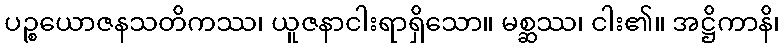
ပဉ္စယောဇနသတိကဿ၊ ယူဇနာငါးရာရှိသော။ မစ္ဆဿ၊ ငါး၏။ အဋ္ဌိကာနိ၊